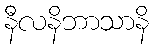
နီလနိဘာသာနိ